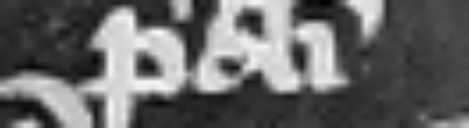
predicti